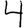
Digit: 4